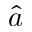
\hat { a }